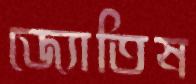
জ্যোতিষ